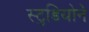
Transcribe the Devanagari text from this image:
स्टुडियोने